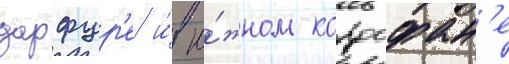
дарфур'е и́ ю́жном кордофан'е